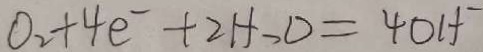
O _ { 2 } + 4 e ^ { - } + 2 H _ { 2 } O = 4 O H ^ { - }